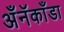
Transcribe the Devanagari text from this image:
अँनॅकाँडा